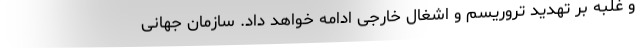
و غلبه بر تهدید تروریسم و اشغال خارجی ادامه خواهد داد. سازمان جهانی